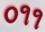
૦૧૧